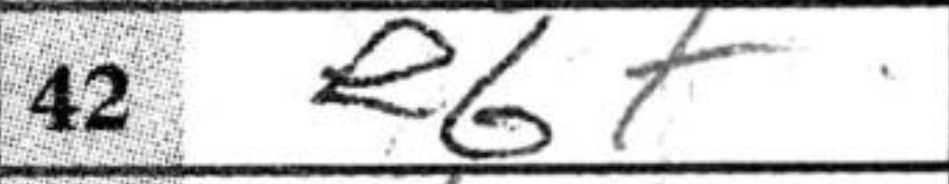
Transcription: e6+